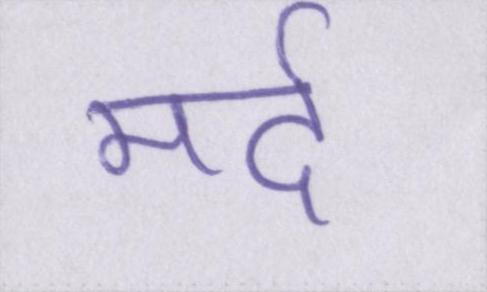
मर्द